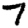
Digit: 7